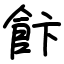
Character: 飰